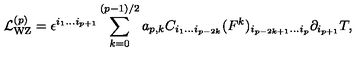
{ \cal L } _ { \mathrm { W Z } } ^ { ( p ) } = \epsilon ^ { i _ { 1 } \ldots i _ { p + 1 } } \sum _ { k = 0 } ^ { ( p - 1 ) / 2 } a _ { p , k } C _ { i _ { 1 } \ldots i _ { p - 2 k } } ( F ^ { k } ) _ { i _ { p - 2 k + 1 } \ldots i _ { p } } \partial _ { i _ { p + 1 } } T ,